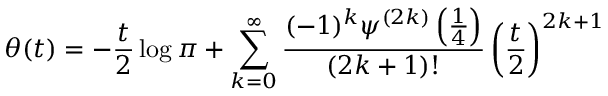
\theta ( t ) = - { \frac { t } { 2 } } \log \pi + \sum _ { k = 0 } ^ { \infty } { \frac { ( - 1 ) ^ { k } \psi ^ { ( 2 k ) } \left( { \frac { 1 } { 4 } } \right) } { ( 2 k + 1 ) ! } } \left( { \frac { t } { 2 } } \right) ^ { 2 k + 1 }